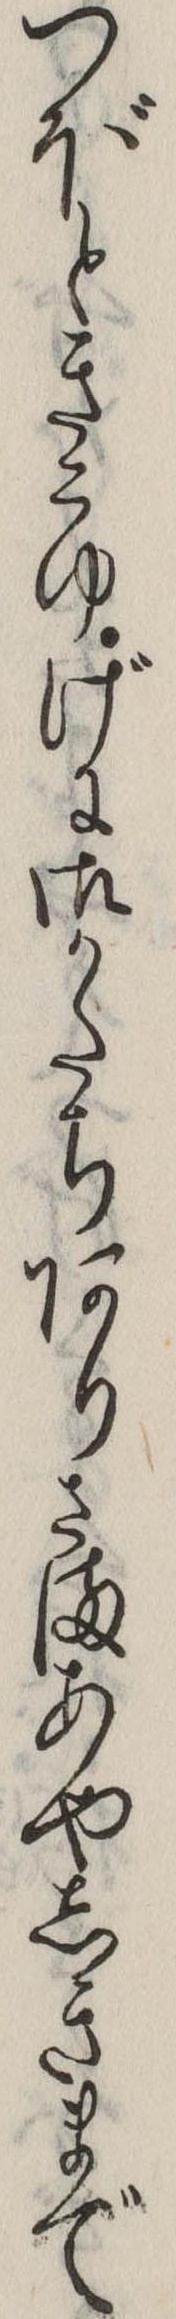
つぼときこゆげに御かたちありさまあやしきまで